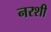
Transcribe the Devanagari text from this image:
नरशी